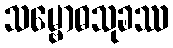
သမ္ဗောဓသုခဿ